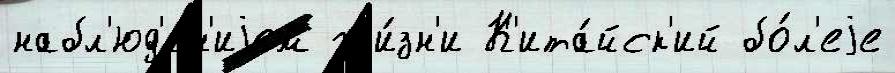
набл'юд'е́н'иjем жи́зн'и К'ита́йск'ий бо́л'еjе